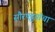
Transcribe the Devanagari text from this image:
सौरपट्टय़ांचा